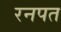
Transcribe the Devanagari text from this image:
रनपत